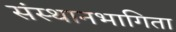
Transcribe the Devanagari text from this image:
संस्थानभागिता